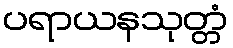
ပရာယနသုတ္တံ